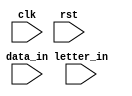
module word_com(clk, rst, data_in, letter_in);
	
	parameter letter_size = 8; 
	parameter word_length = 128;	// 128-bit   128/8 = 16 letters in one word
	parameter word_num	  = 63;		// This value affects the row_pt
	
	// FSM parameters	
	parameter START		= 4'b0000;
	parameter IDLE 		= 4'b0001; 
	parameter COMBINE	= 4'b0010;
	
	input clk;
	input rst;	
	input data_in;		// When data_in==1 COMBINE, when data_in==0 IDLE
	
	input [letter_size-1:0] letter_in;		// The incoming letters		
	
//	output reg out_en;					// Tell te key_comp that word_com is sending data out
//	output reg [31:0] data_out;			// Output 32-bit data to key_comp
	
	reg [word_length-1:0] mem_word [word_num-1:0];		// The internal mem to store the combined words 
	reg [5:0] row_pt;			// Needs to point from 0 to 63	
	reg [7:0] col_pt;			// Needs to point from 0 to 127	 and some margin 
	reg [6:0] i;				// Index the mem_word
	
	reg [3:0] current_state;
	reg [3:0] next_state; 
	
//	reg data_in_reg;
	
//	always@(posedge clk or negedge rst)
//		if(!rst)
//			data_in_reg <= 0;
//		else
//			data_in_reg <= data_in;
	
	always@(posedge clk or negedge rst)	
		if(!rst)
			current_state <= START;
		else
			current_state <= next_state;
			
	always@*	  
		begin
			case(current_state)	
				START:	begin  
					if(data_in == 1)	next_state = COMBINE;
					else	next_state = START;
					end
				IDLE:	begin  
					if(data_in == 1)	next_state = COMBINE;
					else	next_state = IDLE;	
					end	
				COMBINE: begin 
					if(data_in == 0)	next_state = IDLE;
					else	next_state = COMBINE;
					end
				default: begin	
					next_state = START;
					end
			endcase
		end	  
		
	always@(posedge clk)
		case(current_state)
			START: begin 
				row_pt <= 0;
				col_pt <= 0;	  
				//mem_word[0] = 128'b0;
				for(i=0; i<=63; i=i+1)
					mem_word[i] <= 128'b0; 
			end
			IDLE: begin
			end	  
			COMBINE: begin	  
				if( (letter_in==8'h00)&&(col_pt==0)) begin
					row_pt <= row_pt;	
				end
				else if ( (letter_in==8'h00)&&(col_pt!=0) ) begin	 
					// Start from a new row, combine a new word.
					row_pt <= row_pt + 1; 
					col_pt <= 0;
				end	
				else if (col_pt == 128) begin
					row_pt <= row_pt + 1;
					col_pt <= 0;
				end
				else if(data_in == 1) begin
					mem_word[row_pt] <= mem_word[row_pt] + (letter_in<<col_pt);	  
					col_pt <= col_pt + 8;
				end
				else begin
				end
			end
			default: begin
			end
		endcase
	
	
	
	
	
	
	
	
	
endmodule